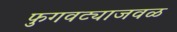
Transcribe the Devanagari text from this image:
फुगवट्याजवळ